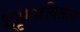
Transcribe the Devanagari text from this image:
श्रृंगारविलास